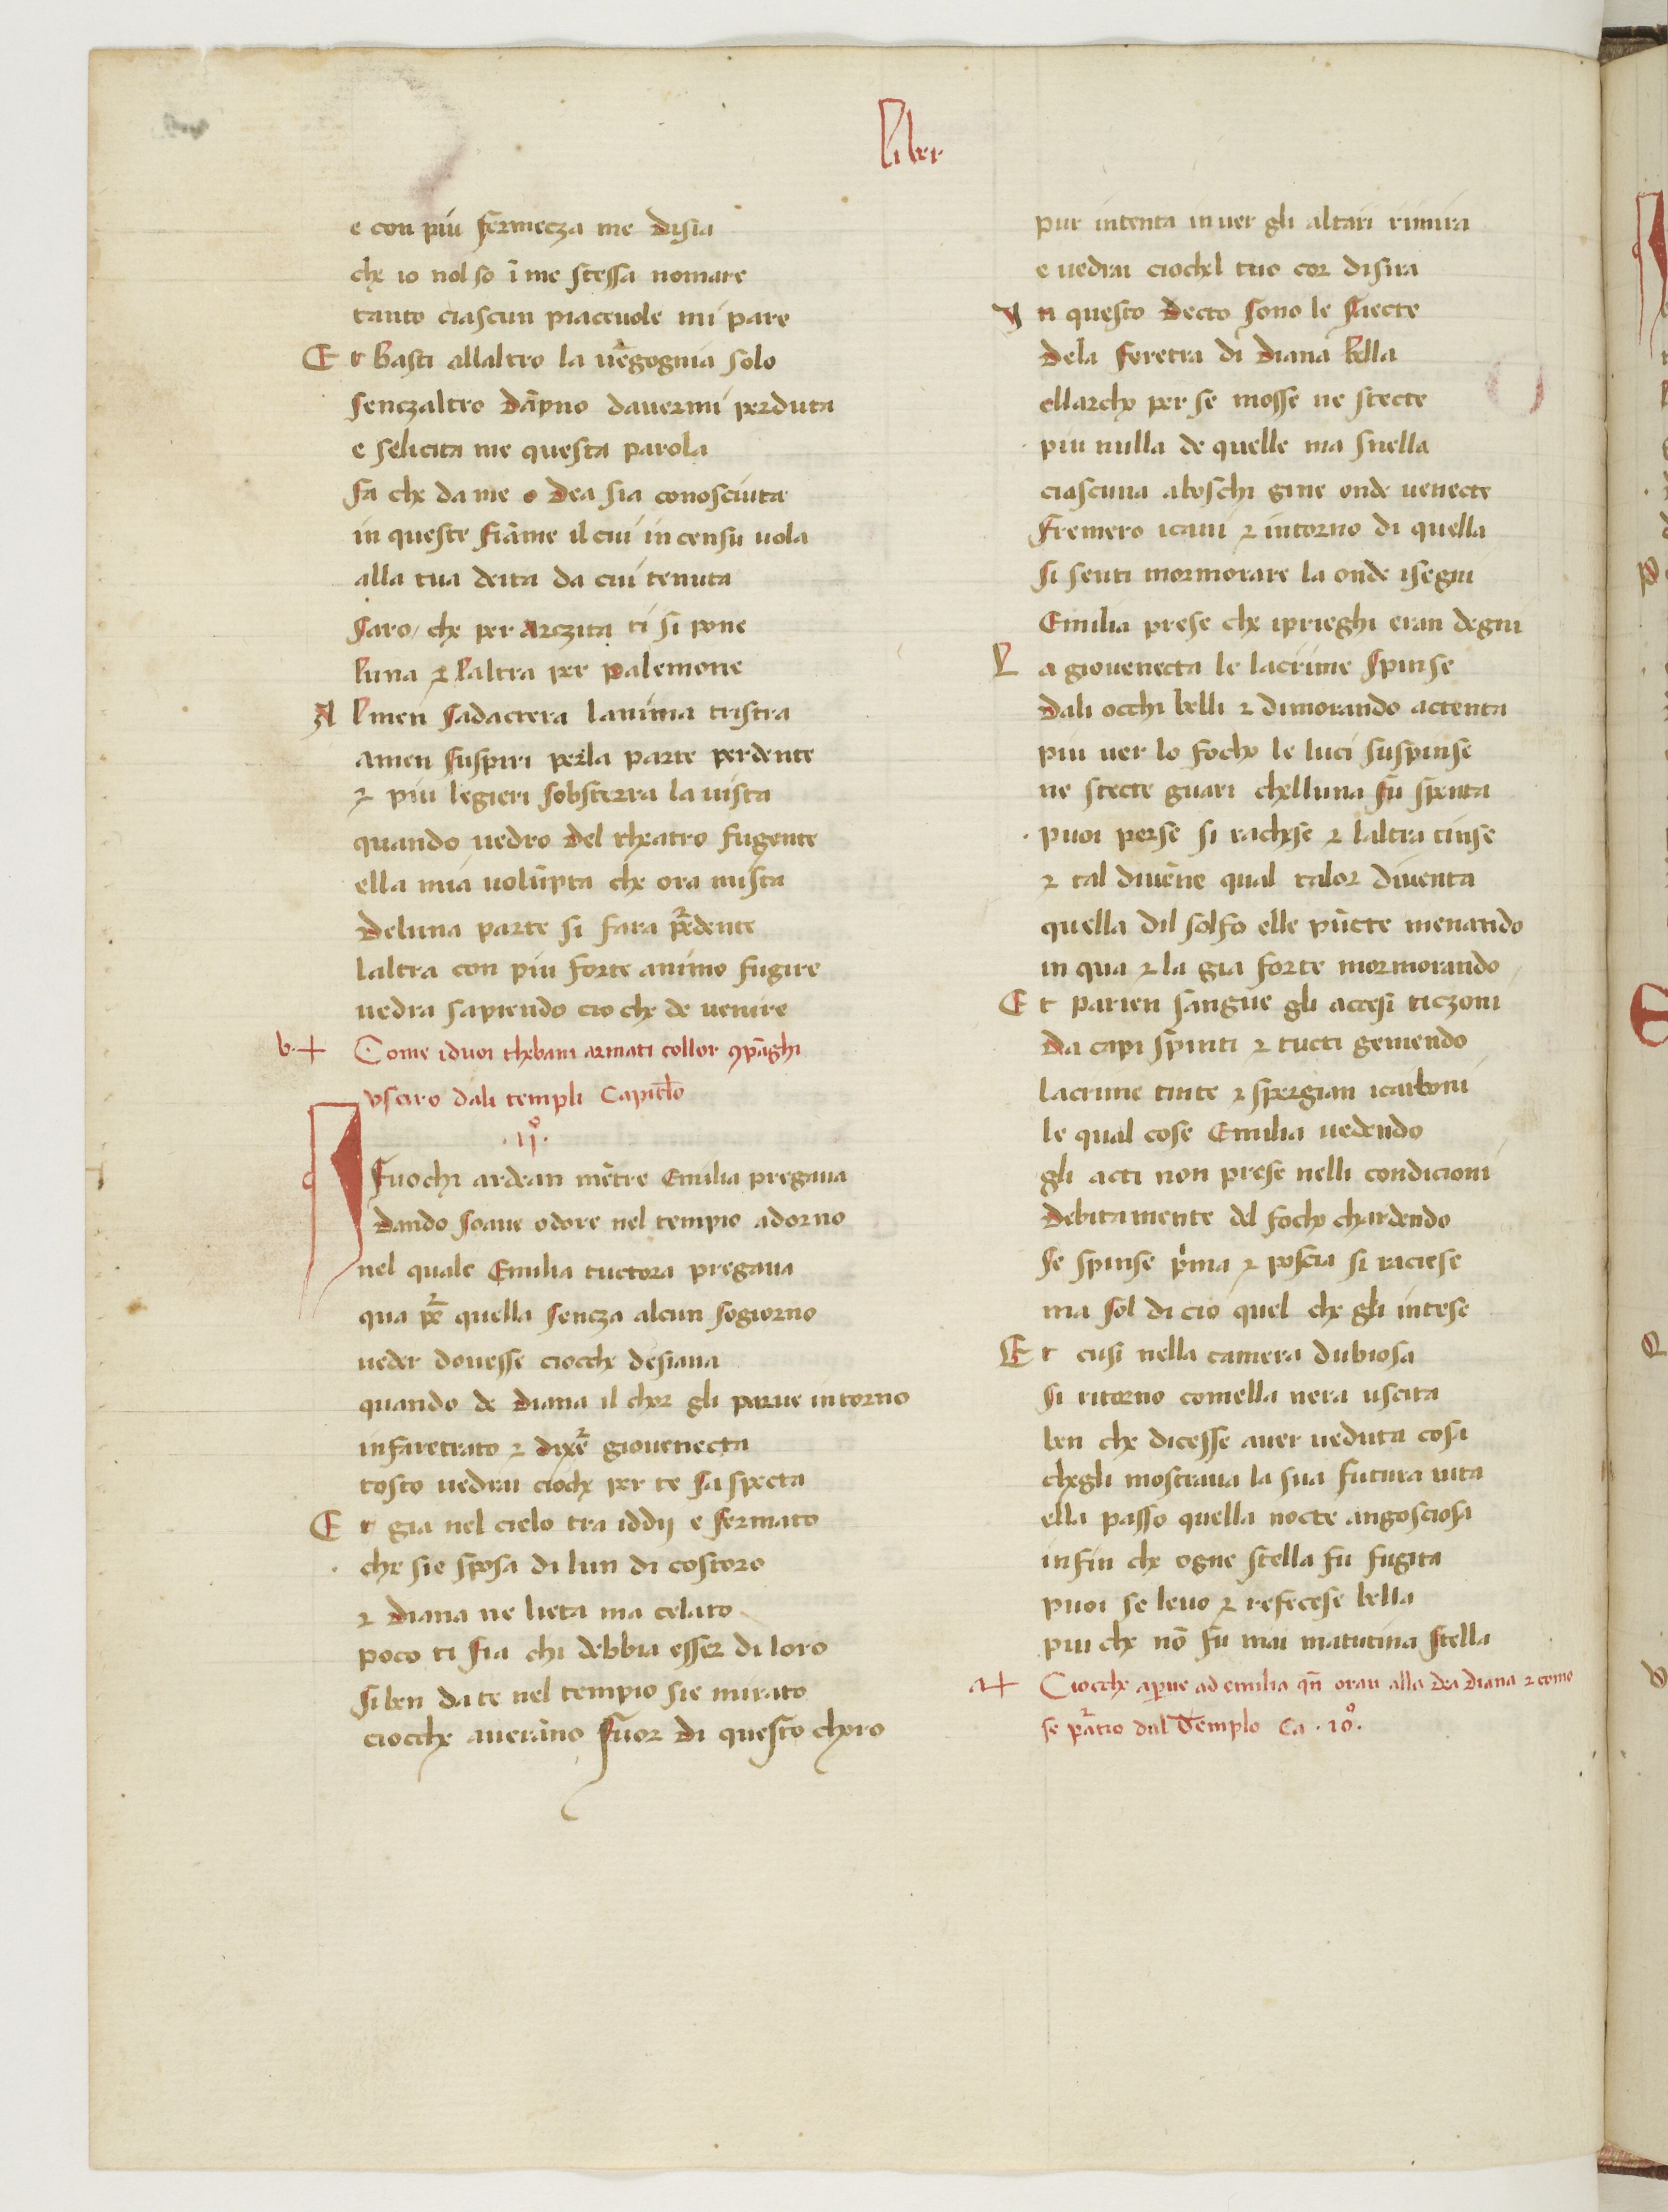
Shelfmark: Paris, BnF, ita. 583
Century: 15